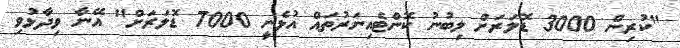
"ކުރިން 3000 ޑޮލަރަށް ލިބުނު ކޮންޓެއިނަރުތައް އުޅެނީ 7000 ޑޮލަރަށް" އޭނާ ވިދާޅުވި